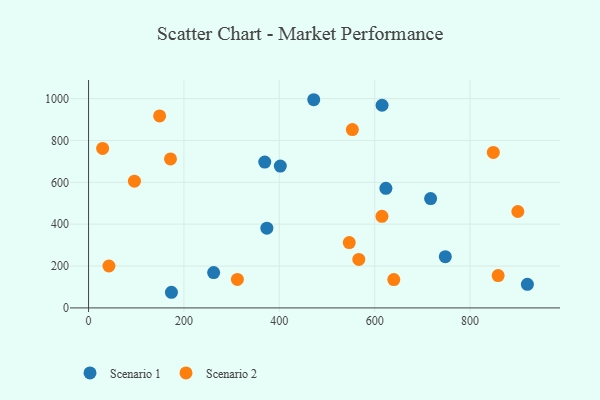
{"axis": {"x": "Study Hours", "y": "Yield"}, "legend": ["Scenario 1", "Scenario 2"], "data": [{"x": "623.5", "y": 571.4, "type": "Scenario 1"}, {"x": "262.3", "y": 168.7, "type": "Scenario 1"}, {"x": "615.5", "y": 968.3, "type": "Scenario 1"}, {"x": "472.2", "y": 994.6, "type": "Scenario 1"}, {"x": "402.1", "y": 677.4, "type": "Scenario 1"}, {"x": "373.9", "y": 380.8, "type": "Scenario 1"}, {"x": "748.1", "y": 244.7, "type": "Scenario 1"}, {"x": "369.5", "y": 696.9, "type": "Scenario 1"}, {"x": "717.3", "y": 522.4, "type": "Scenario 1"}, {"x": "920.2", "y": 112.5, "type": "Scenario 1"}, {"x": "173.8", "y": 74.7, "type": "Scenario 1"}, {"x": "42.7", "y": 200.2, "type": "Scenario 2"}, {"x": "615.2", "y": 437.4, "type": "Scenario 2"}, {"x": "29.5", "y": 761.7, "type": "Scenario 2"}, {"x": "640.1", "y": 135.6, "type": "Scenario 2"}, {"x": "848.8", "y": 742.6, "type": "Scenario 2"}, {"x": "900.2", "y": 460.5, "type": "Scenario 2"}, {"x": "553.2", "y": 852.2, "type": "Scenario 2"}, {"x": "171.8", "y": 711.7, "type": "Scenario 2"}, {"x": "566.7", "y": 231.8, "type": "Scenario 2"}, {"x": "149.0", "y": 917.0, "type": "Scenario 2"}, {"x": "546.7", "y": 312.2, "type": "Scenario 2"}, {"x": "96.2", "y": 605.3, "type": "Scenario 2"}, {"x": "312.1", "y": 136.1, "type": "Scenario 2"}, {"x": "858.9", "y": 154.4, "type": "Scenario 2"}]}